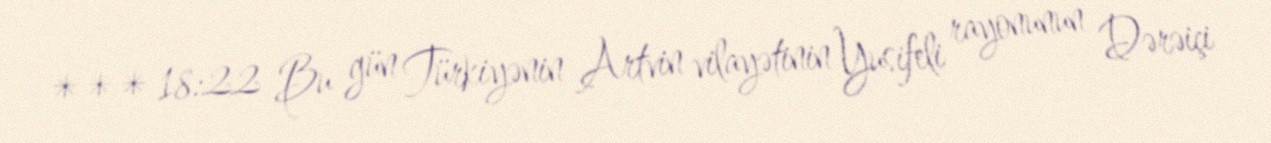
*** 18:22 Bu gün Türkiyənin Artvin vilayətinin Yusifeli rayonunun Dərəiçi